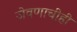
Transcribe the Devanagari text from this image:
जेवणाचीही